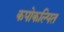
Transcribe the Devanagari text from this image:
कपोकल्पित